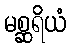
မစ္ဆရိယံ